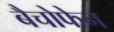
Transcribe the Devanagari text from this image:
बैचोफेन